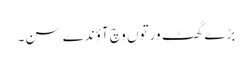
بڑے گھٹ ورتوں وچ آؤندے سن۔